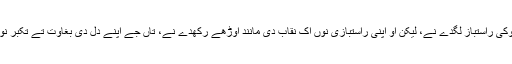
بے شمار لوکی راستباز لگدے نے، لیکن اُو اپنی راستبازی نوں اِک نقاب دی مانند اُوڑھے رکھدے نے، تاں جے اپنے دِل دی بغاوت تے تکبر نوں چُھپا لین۔